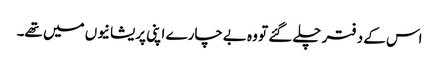
اس کے دفتر چلے گئے تو وہ بےچارے اپنی پریشانیوں میں تھے۔